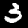
Digit: 3